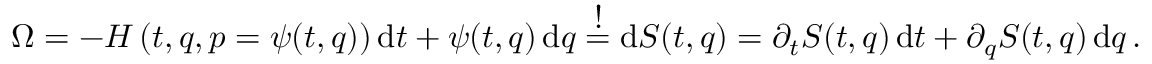
\Omega = - H \left( t , q , p = \psi ( t , q ) \right) { \mathrm { d } } t + \psi ( t , q ) \, \mathrm { d } q \stackrel { \textstyle ! } { = } \mathrm { d } S ( t , q ) = \partial _ { t } S ( t , q ) \, \mathrm { d } t + \partial _ { q } S ( t , q ) \, \mathrm { d } q \, .